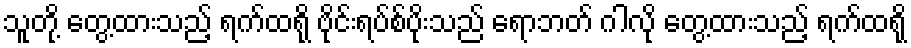
သူတို့ တွေ့ထားသည့် ရက်ထရို ဗိုင်းရပ်စ်ပိုးသည် ရောဘတ် ဂါလို တွေ့ထားသည့် ရက်ထရို